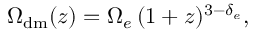
\begin{array} { r } { \Omega _ { \mathrm { d m } } ( z ) = \Omega _ { e } \, ( 1 + z ) ^ { 3 - \delta _ { e } } , } \end{array}